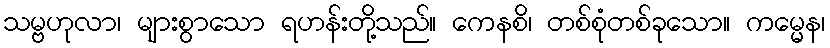
သမ္ဗဟုလာ၊ များစွာသော ရဟန်းတို့သည်။ ကေနစိ၊ တစ်စုံတစ်ခုသော။ ကမ္မေန၊